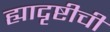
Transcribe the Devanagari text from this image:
ह्यादृष्टीची